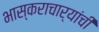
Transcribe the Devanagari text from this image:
भास्कराचार्यांची